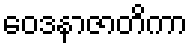
ဝေဒနာဇာတိကာ